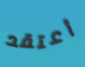
أعتقد